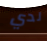
لدي